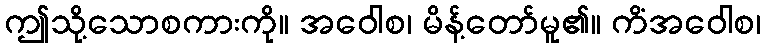
ဤသို့သောစကားကို။ အဝေါစ၊ မိန့်တော်မူ၏။ ကိံအဝေါစ၊